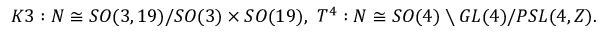
K 3 : N \cong S O ( 3 , 1 9 ) / S O ( 3 ) \times S O ( 1 9 ) , { } ~ T ^ { 4 } : N \cong S O ( 4 ) \setminus G L ( 4 ) / P S L ( 4 , Z ) .